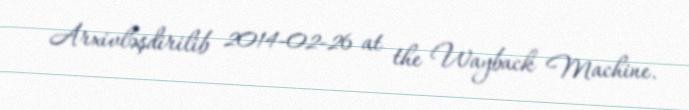
Arxivləşdirilib 2014-02-26 at the Wayback Machine.